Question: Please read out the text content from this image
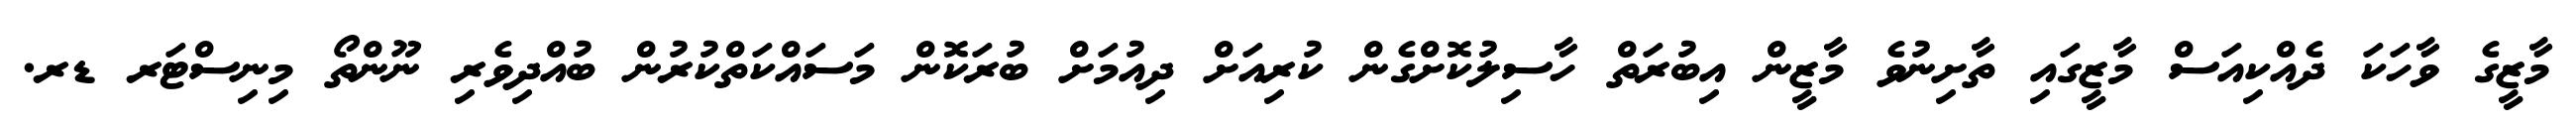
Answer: މާޒީގެ ވާހަކަ ދެއްކިއަސް މާޒީގައި ތާށިނުވެ މާޒީން އިބުރަތް ހާސިލުކޮށްގެން ކުރިއަށް ދިއުމަށް ބުރަކޮން މަސައްކަތްކުރުން ބުއްދިވެރި ނޫންތޯ މިނިސްޓަރ ޑރ.